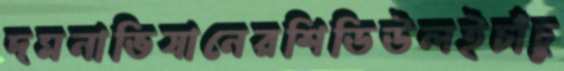
দমনাভিযানেরশিডিউলইচাঁচু